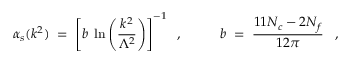
\alpha _ { s } ( k ^ { 2 } ) \; = \; \left[ b \; \ln \left( \frac { k ^ { 2 } } { \Lambda ^ { 2 } } \right) \right] ^ { - 1 } \; \; , \; \; \; \; \; \; \; \; \; \; b \; = \; \frac { 1 1 N _ { c } - 2 N _ { f } } { 1 2 \pi } \; \; \; ,